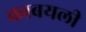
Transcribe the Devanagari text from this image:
काबयली